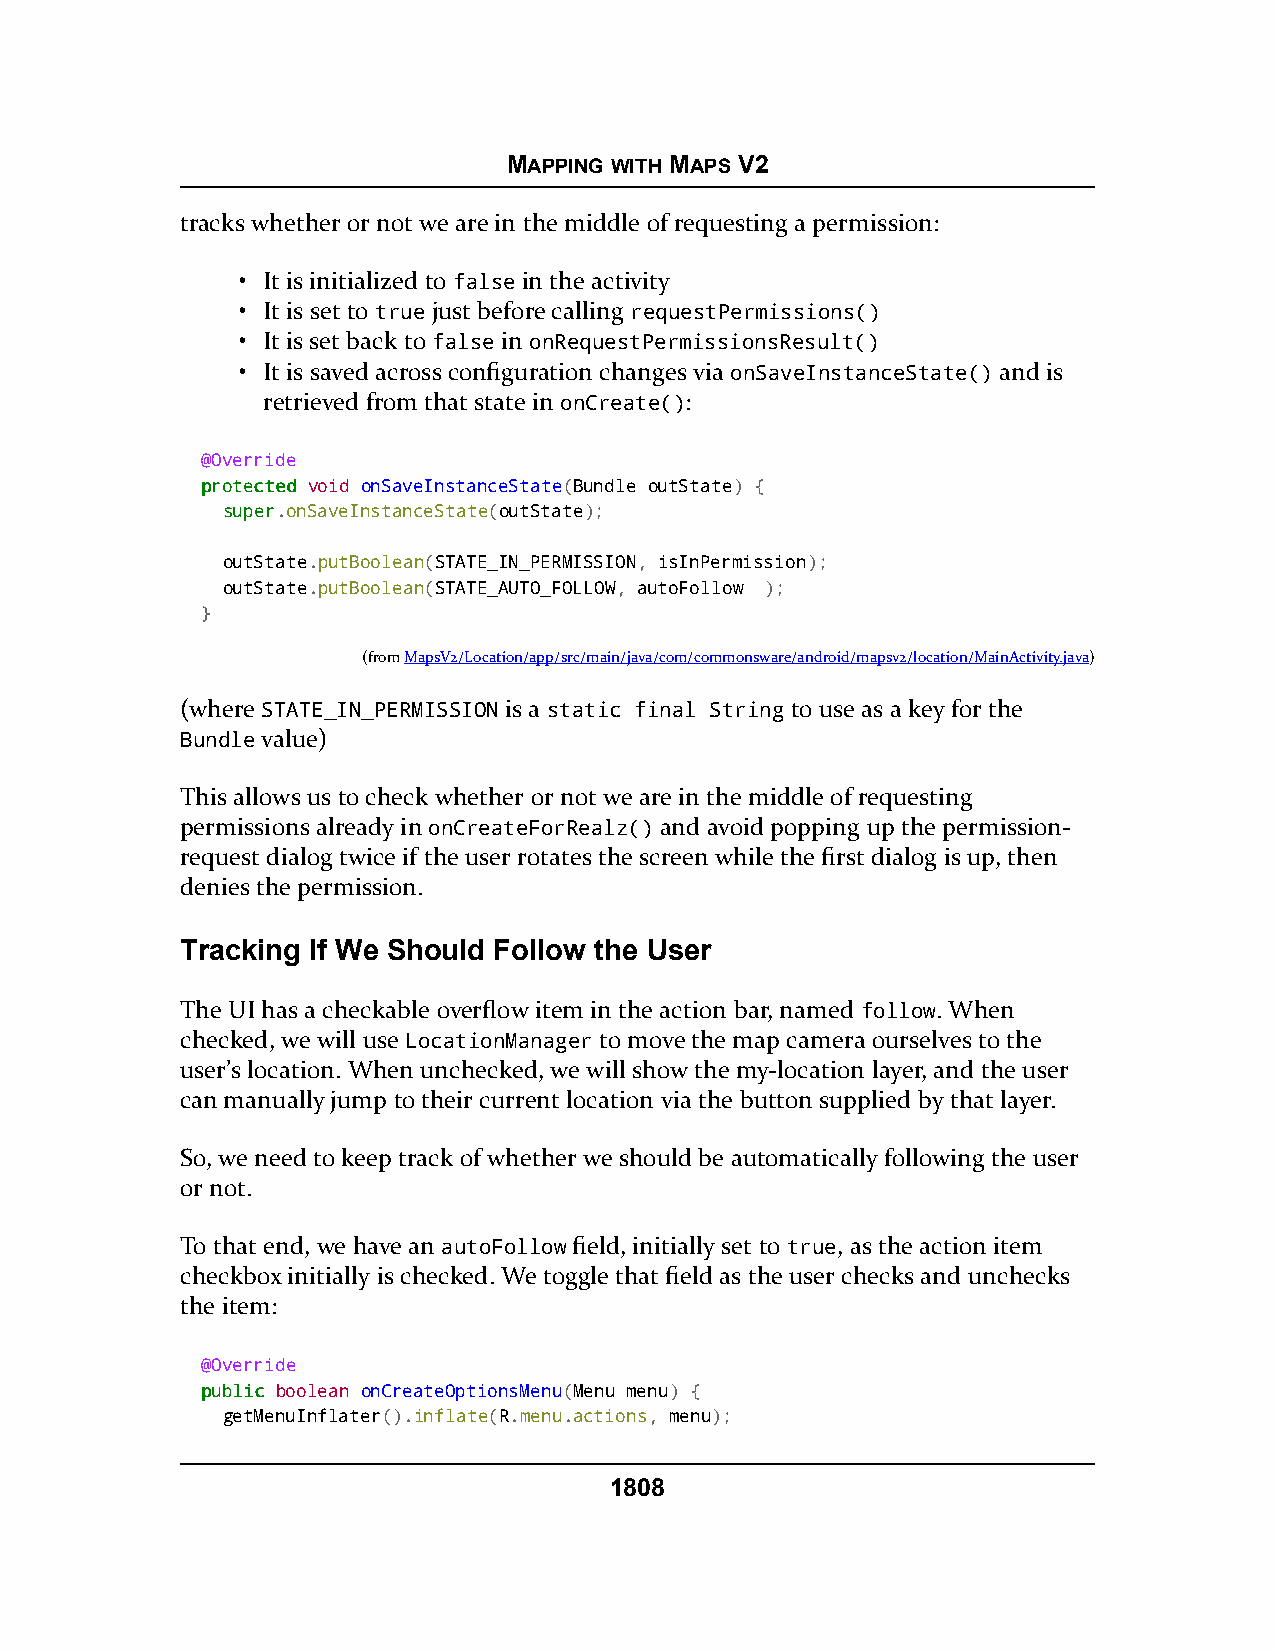
MAPPING WITH MAPS V2
 tracks whether or not we are in the middle of requesting a permission:
 • It is initialized to false in the activity
 • It is set to true just before calling requestPermissions()
 • It is set back to false in onRequestPermissionsResult()
 • It is saved across configuration changes via onSaveInstanceState() and is
 retrieved from that state in onCreate():
 @Override
 pprrootteecctteedd void onSaveInstanceState(Bundle outState) {
 ssuuppeerr.onSaveInstanceState(outState);
 outState.putBoolean(STATE_IN_PERMISSION, isInPermission);
 outState.putBoolean(STATE_AUTO_FOLLOW, autoFollow );
 }
 (fromMapsV2/Location/app/src/main/java/com/commonsware/android/mapsv2/location/MainActivity.java)
 (where STATE_IN_PERMISSION is a static final String to use as a key for the
 Bundle value)
 This allows us to check whether or not we are in the middle of requesting
 permissions already in onCreateForRealz() and avoid popping up the permission-
 request dialog twice if the user rotates the screen while the first dialog is up, then
 denies the permission.
 Tracking If We Should Follow the User
 The UI has a checkable overflow item in the action bar, named follow. When
 checked, we will use LocationManager to move the map camera ourselves to the
 user’s location. When unchecked, we will show the my-location layer, and the user
 can manually jump to their current location via the button supplied by that layer.
 So, we need to keep track of whether we should be automatically following the user
 or not.
 To that end, we have an autoFollow field, initially set to true, as the action item
 checkbox initially is checked. We toggle that field as the user checks and unchecks
 the item:
 @Override
 ppuubblliicc boolean onCreateOptionsMenu(Menu menu) {
 getMenuInflater().inflate(R.menu.actions, menu);
 1808